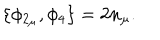
LaTeX: \{ \phi _ { 2 _ { \mu } } , \phi _ { 4 } \} = 2 n _ { \mu } .